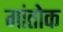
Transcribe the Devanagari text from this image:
गांतोक